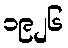
၁၉၂၆